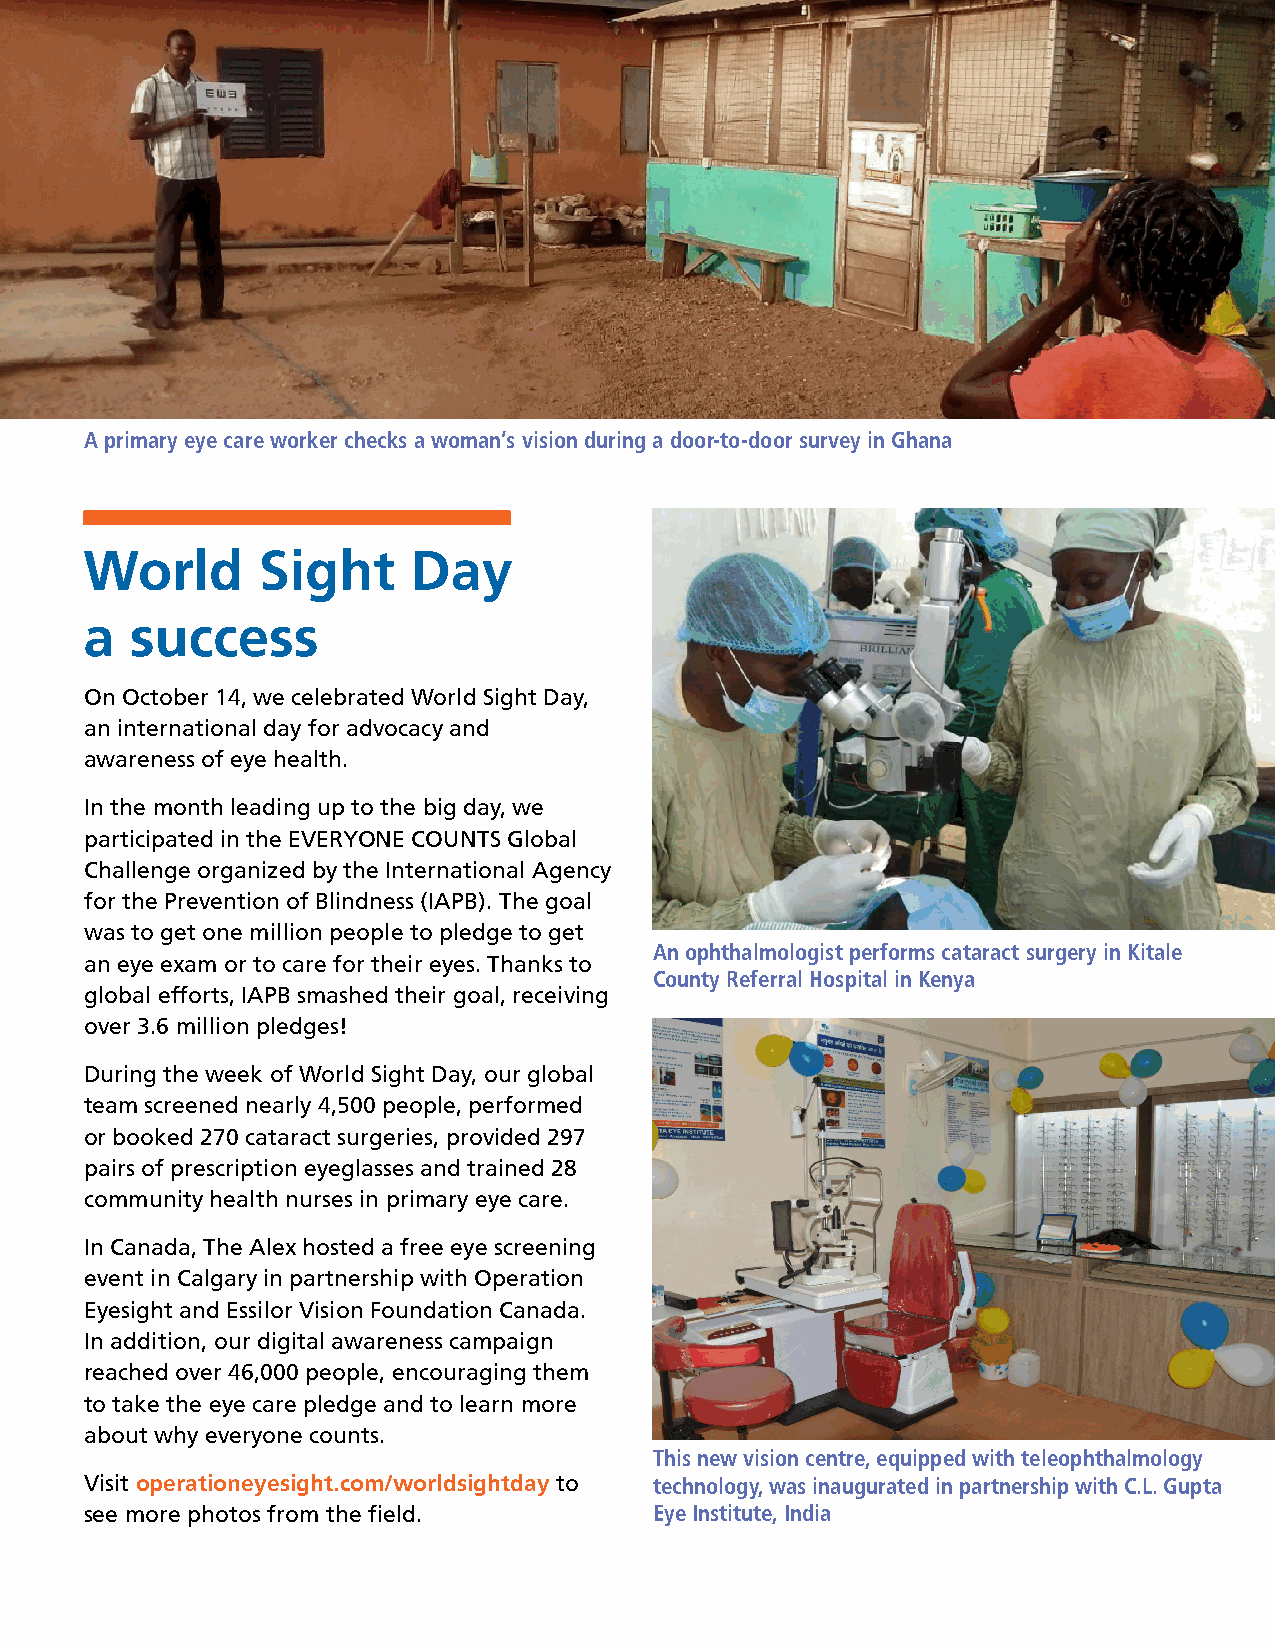
A primary eye care worker checks a woman’s vision during a door-to-door survey in Ghana
 World      Sight     Day
 a  success
 On October 14, we celebrated World Sight Day,
 an international day for advocacy and
 awareness of eye health.
 In the month leading up to the big day, we
 participated in the EVERYONE COUNTS Global
 Challenge organized by the International Agency
 for the Prevention of Blindness (IAPB). The goal
 was to get one million people to pledge to get
 An ophthalmologist performs cataract surgery in Kitale
 an eye exam or to care for their eyes. Thanks to
 County Referral Hospital in Kenya
 global efforts, IAPB smashed their goal, receiving
 over 3.6 million pledges!
 During the week of World Sight Day, our global
 team screened nearly 4,500 people, performed
 or booked 270 cataract surgeries, provided 297
 pairs of prescription eyeglasses and trained 28
 community health nurses in primary eye care.
 In Canada, The Alex hosted a free eye screening
 event in Calgary in partnership with Operation
 Eyesight and Essilor Vision Foundation Canada.
 In addition, our digital awareness campaign
 reached over 46,000 people, encouraging them
 to take the eye care pledge and to learn more
 about why everyone counts.
 This new vision centre, equipped with teleophthalmology
 Visit operationeyesight.com/worldsightday to technology, was inaugurated in partnership with C.L. Gupta
 see more photos from the field.      Eye Institute, India